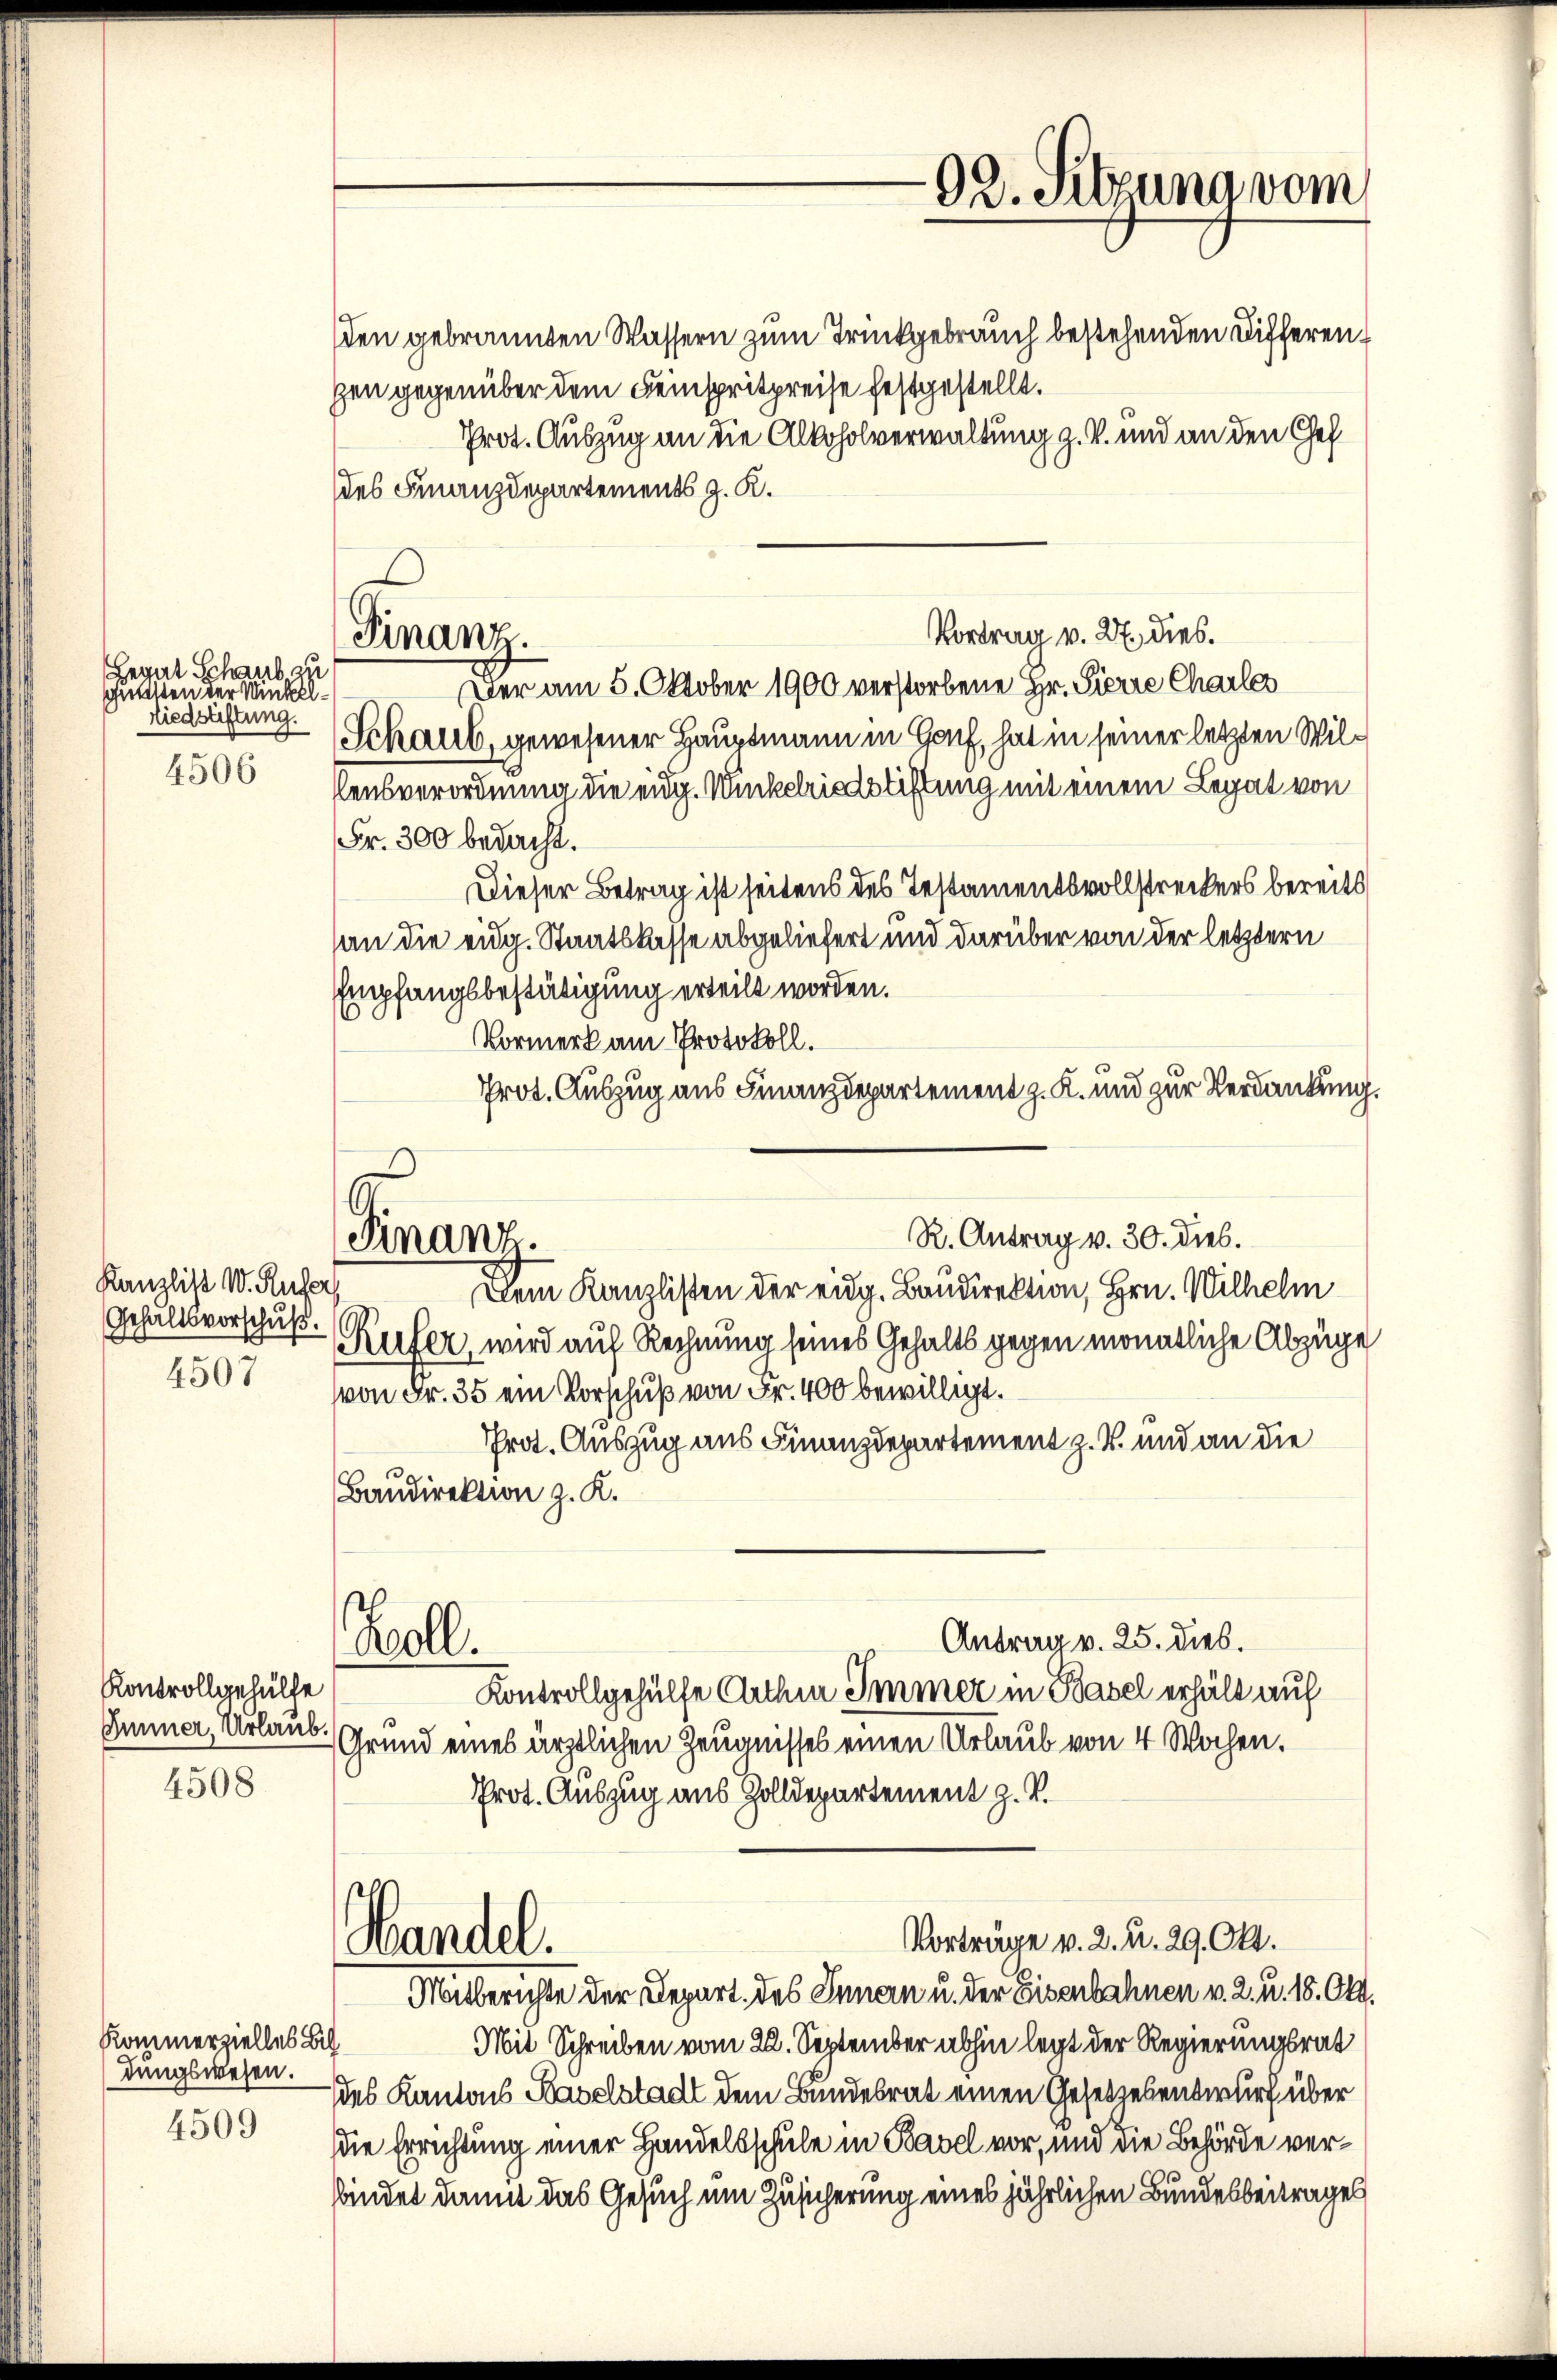
Begut Schaub 27
gutesten der Winkel¬
Riedreiftung.
4506

Kanzlist W. Rufer
4507

Kontrollgehülfe
Immer, Urlaub.

4508

Kommerzielles Bil
dungswesen.
4509

Finanz.

Finanz.

92. Sitzung vom

den gebrannten Wassern zum Trinkgebrauch bestehenden Differengen gegenüber dem Feinspritpreise festgestellt.
Prot. Auszug an die Alkoholverwaltung z. B. und an den Gef
des Finanzdepartements z. K.
Vortrag v. 27. dies.
Der am 5. Oktober 1900 verstorbene Hr. Pierre Charles
Schaus, gewesener Hauptmann in Genf, hat in seiner letzten Willensverordnung die eidg. Winkelriedstiftung mit einem Legat von
Fr. 300 bedacht.
Dieser Betrag ist seitens des Testamentsvollstreckers bereits
an die eidg. Staatskasse abgeliefert und darüber von der letztern
Empfangsbestätigung erteilt worden.
Vormerk am Protokoll.
Prot. Auszug aus Finanzdepartement z. K. und zur Verdankung.
Dem Kanzlisten der eidg. Baudirektion, Hrn. Wilhelm
gehaltsvorschuß. Reifer, wird auf Rechnung seines Gehalts gegen monatliche Abzüge
von Fr. 35 ein Vorschuß von Fr. 400 bewilligt.
Prot. Auszug aus Finanzdepartement z. B. und an die
Baudirektion z. K.
Antrag v. 25. dies.
Woll.
Kontrollgehülfe Arthin Immer in Basel erhält auf
Grund eines ärztlichen Zeugnisses einen Urlaub von 4 Wochen.
Prot. Auszug aus Zolldepartement z. B.
Vorträge v. 2. u. 29. Okt.
Handel.
Mitberichte der Depart. des Innern u. der Eisenbahnen v. 2. u. 18. Okt.
Mit Schreiben vom 22. September abhin legt der Regierungsrat
des Kantons Haselstadt dem Bundesrat einen Gesetzesentwurf über
die Errichtung einer Handelsschule in Basel vor, und die Behörde verbindet damit das Gesuch um Zusicherung eines jährlichen Bundesbeitrages

R. Antrag v. 30. Dieb.